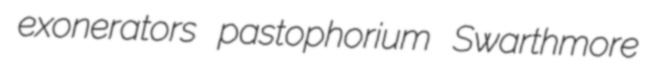
exonerators pastophorium Swarthmore